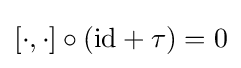
[\cdot ,\cdot ]\circ (\mathrm {id} +\tau )=0